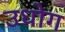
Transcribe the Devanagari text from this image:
उधाेग